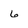
Character: 6